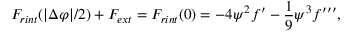
F _ { r i n t } ( | \Delta \varphi | / 2 ) + F _ { e x t } = F _ { r i n t } ( 0 ) = - 4 \psi ^ { 2 } f ^ { \prime } - { \frac { 1 } { 9 } } { \psi } ^ { 3 } f ^ { \prime \prime \prime } ,